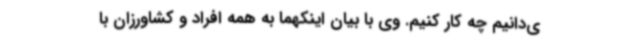
ی‌دانیم چه کار کنیم. وی با بیان اینکهما به همه افراد و کشاورزان با